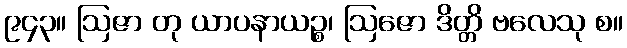
၉၄၃။ ဩဇာ တု ယာပနာယဉ္စ၊ ဩဇော ဒိတ္တိ ဗလေသု စ။